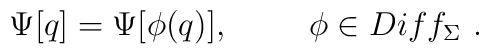
\Psi[q] = \Psi[\phi(q)], \hspace{1cm} \phi\in Diff_{\Sigma}\ .